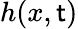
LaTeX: h(x,\mathsf{t})